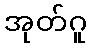
အုတ်ဂူ